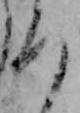
ろ